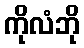
ကိုလံဘို